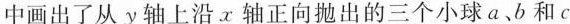
中画出了从y轴上沿x轴正向抛出的三个小球a、b和c